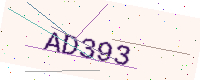
Text: AD393